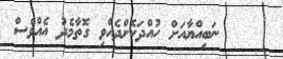
ނަބިއްޔާއަށް ހުއްދަކޮށްދެއްވި ގޮތާމެދު އެއްވެސް